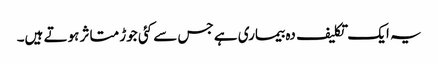
یہ ایک تکلیف دہ بیماری ہے جس سے کئی جوڑ متاثر ہوتے ہیں۔